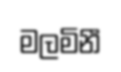
මලමිනී